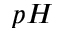
p H